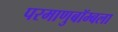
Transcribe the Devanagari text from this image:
परमाणुबॉम्बला